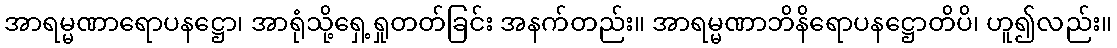
အာရမ္မဏာရောပနဋ္ဌော၊ အာရုံသို့ရှေ့ရှုတတ်ခြင်း အနက်တည်း။ အာရမ္မဏာဘိနိရောပနဋ္ဌောတိပိ၊ ဟူ၍လည်း။